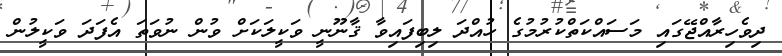
ދިވެހިރާއްޖޭގައި މަސައްކަތްކުރުމުގެ ހުއްދަ ލިބިފައިވާ ޤާނޫނީ ވަކީލަކަށް ވުން ނުވަތަ އެފަދަ ވަކީލުން